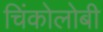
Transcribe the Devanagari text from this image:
चिंकोलोबी